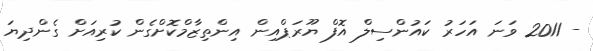
- 2011 ވަނަ އަހަރު ކައުންސިލް އޮފް ޔޫރަޕްއިން އިންތިޒާމްކޮށްގެން ކުރިއަށް ގެންދިޔަ